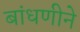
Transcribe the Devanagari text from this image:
बांधणीने